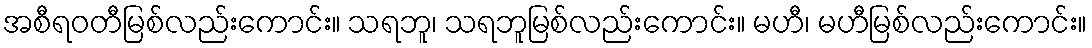
အစီရဝတီမြစ်လည်းကောင်း။ သရဘူ၊ သရဘူမြစ်လည်းကောင်း။ မဟီ၊ မဟီမြစ်လည်းကောင်း။